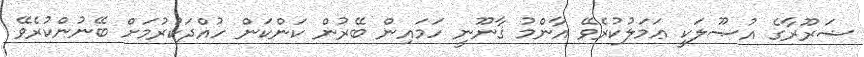
ޟަރޫރާގެ އުޞޫލަކީ ޢަމަލުކުރެވޭ އާންމު ޤާނޫނީ ހަމައިން ބޭރުން ކަންކަން ހުއްދަކުރުމަށް ބޭނުންކުރެވޭ